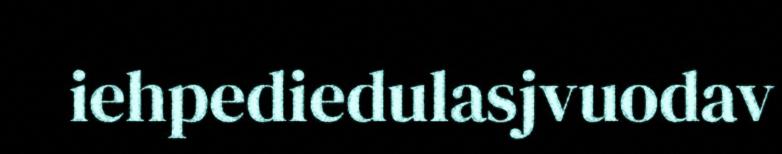
iehpediedulasjvuodav